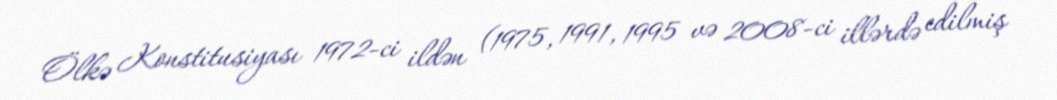
Ölkə Konstitusiyası 1972-ci ildən (1975, 1991, 1995 və 2008-ci illərdə edilmiş